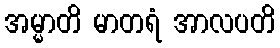
အမ္မာတိ မာတရံ အာလပတိ